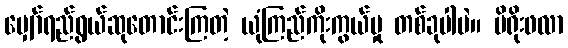
မျှော်ရည်ရွယ်ဆုတောင်းကြတဲ့ ယုံကြည်ကိုးကွယ်မှု တစ်ခုပါပဲ။ မိရိုးဖလာ